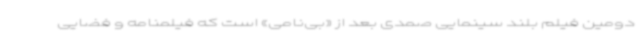
دومین فیلم بلند سینمایی صمدی بعد از «بی‌نامی» است که فیلمنامه و فضایی